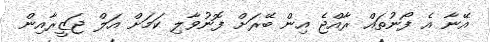
އޭނާ އެ ފޯނުތައް ރާއްޖެ އިން ބޭރަށް ފޮނުވާލި ކަމަށް އަލް ޖަޒީރާއިން